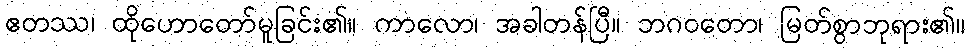
ဧတဿ၊ ထိုဟောတော်မူခြင်း၏။ ကာလော၊ အခါတန်ပြီ။ ဘဂဝတော၊ မြတ်စွာဘုရား၏။